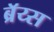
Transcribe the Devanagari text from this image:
ब्रॅय्स